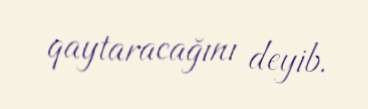
qaytaracağını deyib.